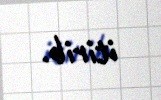
itirib.